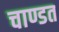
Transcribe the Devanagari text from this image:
चाण्डत